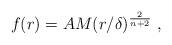
LaTeX: \begin{align*}f(r) = AM(r/\delta)^{2 \over n+2}\;,\end{align*}